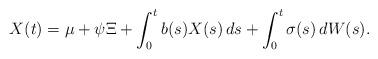
LaTeX: \begin{align*}X(t) = \mu + \psi\Xi + \int_0^t b(s)X(s)\,ds + \int_0^t\sigma(s)\,dW(s). \end{align*}